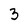
Character: 3